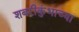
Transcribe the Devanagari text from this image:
शबरीकुंभाच्या